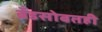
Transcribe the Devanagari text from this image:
ब्रँडसोबतही